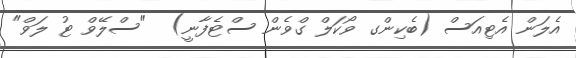
އެލަން އެޓިއަސް (ބެކިންގ ވޯކަލް ގްވެން ސްޓެފާނީ)  "ސްލޭވް ޓު ލަވް"